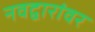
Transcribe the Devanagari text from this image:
नवद्वारांवर